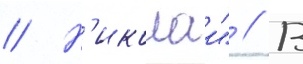
// Н'иколаи" // В